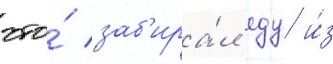
что́ заб'ира́л еду и́з